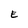
Character: E